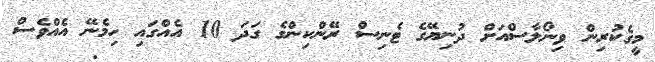
މީގެކުރިން ވިނޯލާސްއަށް ދުނިޔޭގެ ޓެނިސް ރޭންކިންގެ ގަދަ 10 އެއްގައި ހިމެނޭ އެއްވެސް